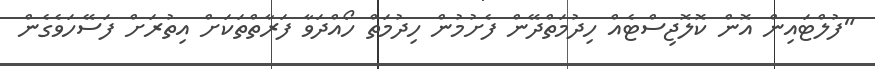
"ފުލްޓައިން އޮން ކޮލޮޖިސްޓެއް ހިދުމަތްދޭން ފެށުމުން ހިދުމަތް ހޯއްދަވާ ފަރާތްތަކަށް އިތުރަށް ފަސޭހަވެގެން